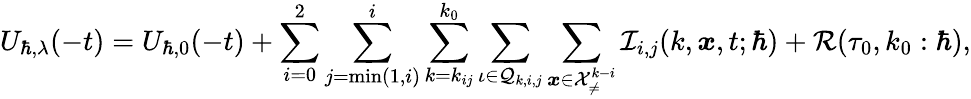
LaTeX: U_{\hbar,\lambda}(-t)=U_{\hbar,0}(-t)+\sum_{i=0}^{2}\sum_{j=\operatorname*{min}(1,i)}^{i}\sum_{k=k_{ij}}^{k_{0}}\sum_{\iota\in\mathcal{Q}_{k,i,j}}\sum_{\boldsymbol{x}\in\mathcal{X}_{\neq}^{k-i}}\mathcal{I}_{i,j}(k,\boldsymbol{x},t;\hbar)+\mathcal{R}(\tau_{0},k_{0}:\hbar),